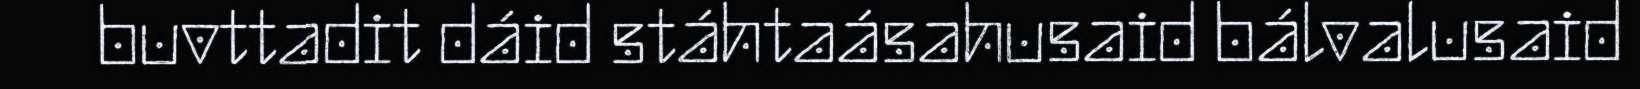
buvttadit dáid stáhtaásahusaid bálvalusaid